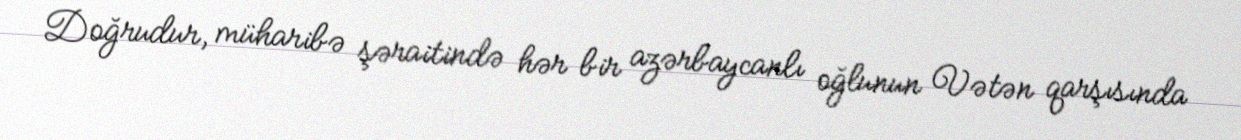
Doğrudur, müharibə şəraitində hər bir azərbaycanlı oğlunun Vətən qarşısında